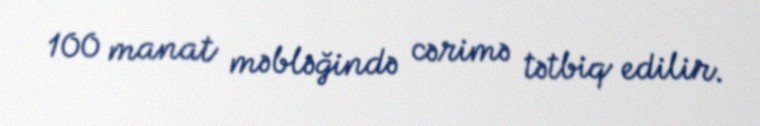
100 manat məbləğində cərimə tətbiq edilir.